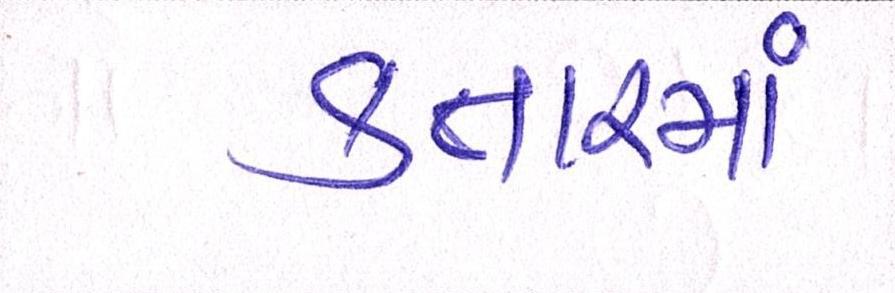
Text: કતારમાં